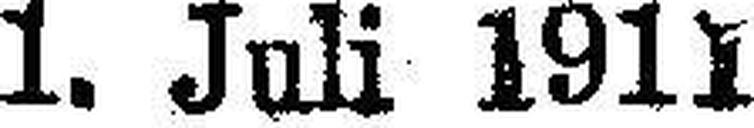
1. Juli 1911